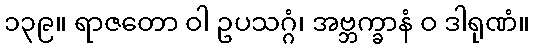
၁၃၉။ ရာဇတော ဝါ ဥပသဂ္ဂံ၊ အဗ္ဘက္ခာနံ ဝ ဒါရုဏံ။